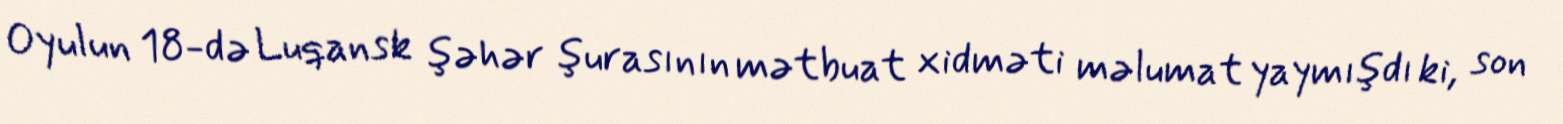
Oyulun 18-də Luqansk şəhər şurasının mətbuat xidməti məlumat yaymışdı ki, son